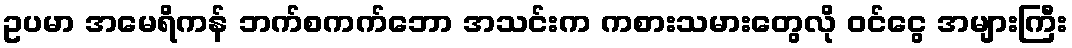
ဥပမာ အမေရိကန် ဘက်စကက်ဘော အသင်းက ကစားသမားတွေလို ဝင်ငွေ အများကြီး